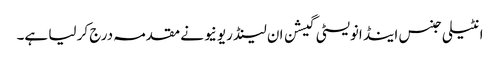
انٹیلی جنس اینڈ انویسٹی گیشن ان لینڈ ریونیو نے مقدمہ درج کر لیا ہے۔